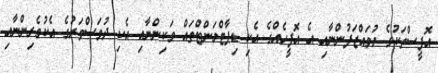
އޮފީސްތަކުގެ މުވައްޒަފުންނާއި އެ އޮފީހެއްގެ އެކި ޑިޕާޓްމަންޓްތައް ވަކިންނާއި އެކި ދުވަސްވަރުގެ އެކުވެރިންނާއި